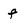
Character: f